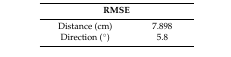
<table><thead><tr><td colspan="2"><b>RMSE</b></td></tr></thead><tbody><tr><td>Distance (cm)</td><td>7.898</td></tr><tr><td>Direction (°)</td><td>5.8</td></tr></tbody></table>